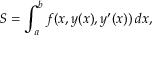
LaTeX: S = \int _ { a } ^ { b } f ( x , y ( x ) , y ^ { \prime } ( x ) ) \, d x ,